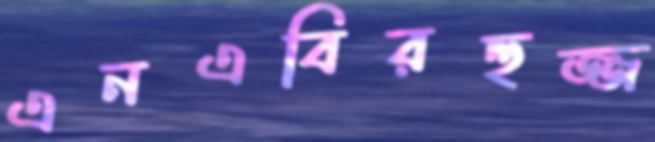
এনএবিরহুজ্জ